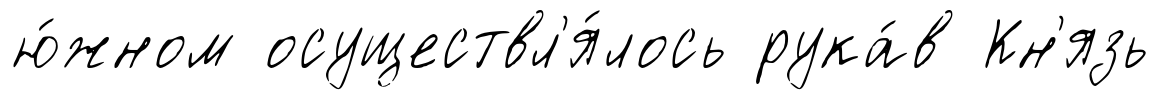
ю́жном осуществл'я́лось рука́в Кн'язь